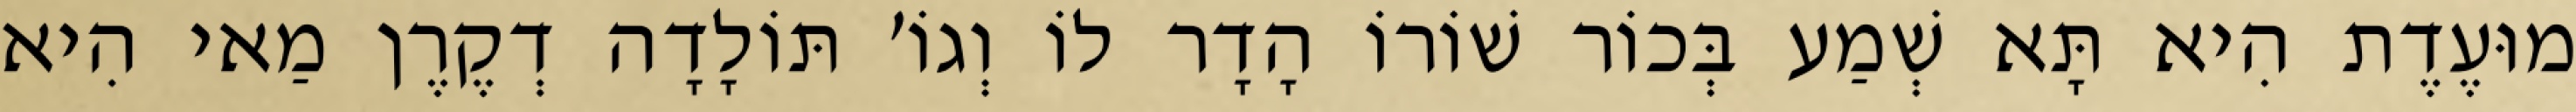
מוּעֶדֶת הִיא תָּא שְׁמַע בְּכוֹר שׁוֹרוֹ הָדָר לוֹ וְגוֹ׳ תּוֹלָדָה דְקֶרֶן מַאי הִיא